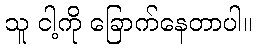
သူ ငါ့ကို ခြောက်နေတာပါ။